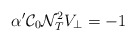
\begin{align*}\alpha '{\cal C}_{0}{\cal N}^{2}_{T}V_{\bot }=-1\end{align*}